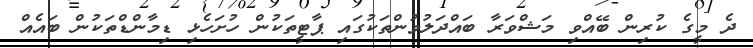
ދެ މީގެ ކުރިން ބޭއްވި މަޝްވަރާ ބައްދަލުވުންތަކުގައި ޕާޓީތަކުން ހުށަހެޅި ޑިމާންޑްތަކުން ބައެއް